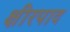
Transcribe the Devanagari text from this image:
क्षीरपाद